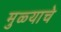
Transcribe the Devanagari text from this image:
मुळ्याचे